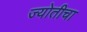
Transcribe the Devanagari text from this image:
ज्योतीचा